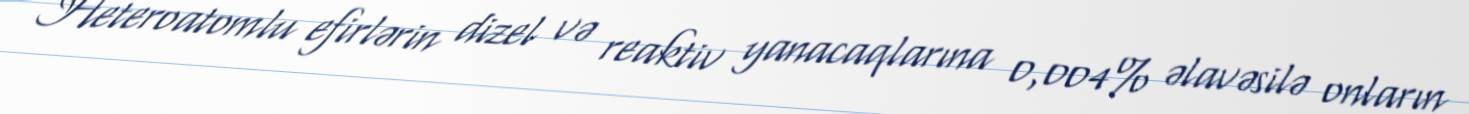
Heteroatomlu efirlərin dizel və reaktiv yanacaqlarına 0,004% əlavəsilə onların